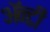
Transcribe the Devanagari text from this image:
ॲन्टी